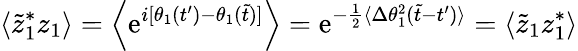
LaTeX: \langle\tilde{z}_{1}^{*}z_{1}\rangle=\Big\langle\mathrm{e}^{i[\theta_{1}(t^{\prime})-\theta_{1}(\tilde{t})]}\Big\rangle=\mathrm{e}^{-{\frac{1}{2}}\langle\Delta\theta_{1}^{2}(\tilde{t}-t^{\prime})\rangle}=\langle\tilde{z}_{1}z_{1}^{*}\rangle